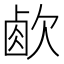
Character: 𣣧